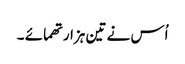
اُس نے تین ہزار تھمائے ۔